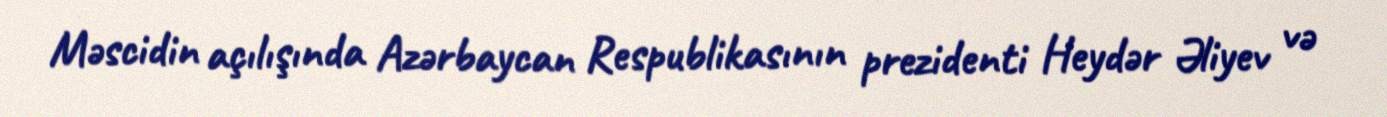
Məscidin açılışında Azərbaycan Respublikasının prezidenti Heydər Əliyev və